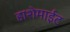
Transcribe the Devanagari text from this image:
हाशेमाईट